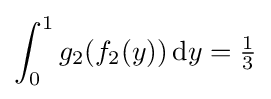
\int _{0}^{1}g_{2}(f_{2}(y))\,\mathrm {d} y={\tfrac {1}{3}}